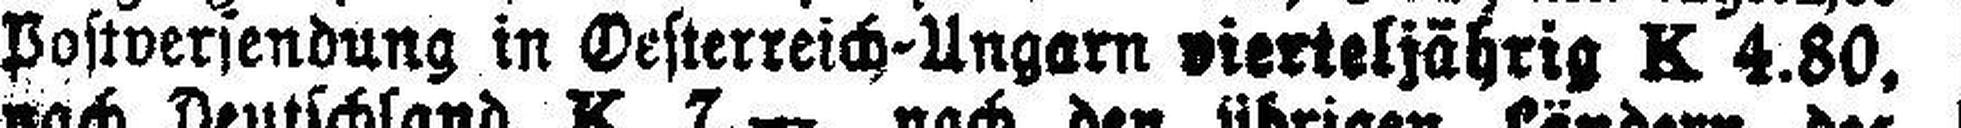
Postversendung in Oesterreich-Ungarn vierteljährig K 4.80,